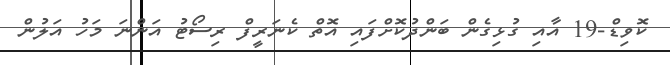
ކޮވިޑް-19 އާއި ގުޅިގެން ބަންދުކޮށްފައި އޮތް ކެނަރީފް ރިސޯޓު އަންނަ މަހު އަލުން